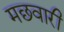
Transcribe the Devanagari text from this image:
मछवारी